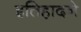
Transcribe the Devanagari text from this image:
इतिहादने